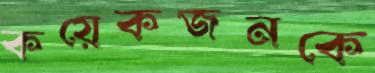
কয়েকজনকে